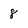
Character: 8